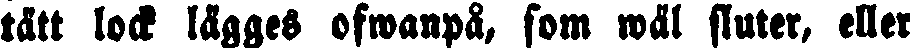
tätt lock lägges ofwanpå, som wäl fluter, eller